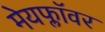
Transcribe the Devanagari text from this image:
मेयफ्लाॅवर